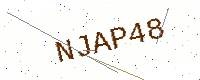
Text: NJAP48